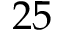
2 5